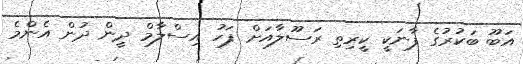
އަބޫ ބަކުރުގެ ފާނަކީ ކީރިތި ރަސޫލާއަށް ފަހު އިސްލާމް ދީން ދުން އެންމެ